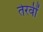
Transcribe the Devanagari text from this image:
तेरवीं